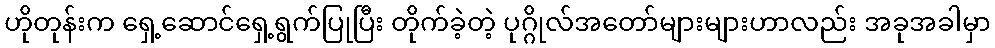
ဟိုတုန်းက ရှေ့ဆောင်ရှေ့ရွက်ပြုပြီး တိုက်ခဲ့တဲ့ ပုဂ္ဂိုလ်အတော်များများဟာလည်း အခုအခါမှာ